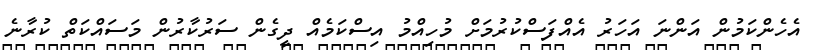
އެހެންކަމުން އަންނަ އަހަރު އެއްފަސްކުރުމަށް މުހިއްމު އިސްކަމެއް ދީގެން ސަރުކާރުން މަސައްކަތް ކުރާނެ